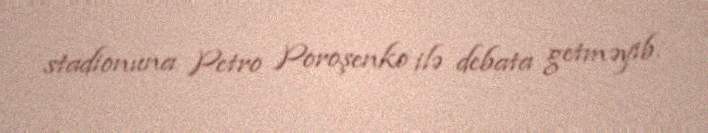
stadionuna Petro Poroşenko ilə debata getməyib.